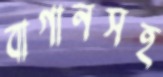
বাগানসহ